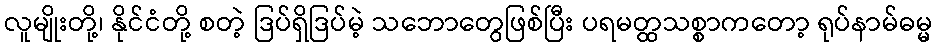
လူမျိုးတို့၊ နိုင်ငံတို့ စတဲ့ ဒြပ်ရှိဒြပ်မဲ့ သဘောတွေဖြစ်ပြီး ပရမတ္ထသစ္စာကတော့ ရုပ်နာမ်ဓမ္မ